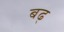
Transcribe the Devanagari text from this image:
बढ्